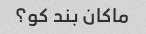
ماکان بند کو؟